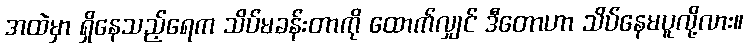
အထဲမှာ ရှိနေသည့်ရေက သိပ်မခန်းတာကို ထောက်လျှင် ဒီတောဟာ သိပ်နေမပူလို့လား။